Reports on military cantonments and civil stations in the Presidency of Bombay inspected by the Sanitary Commissioner in the years 1875 and 1876
Year: 1875
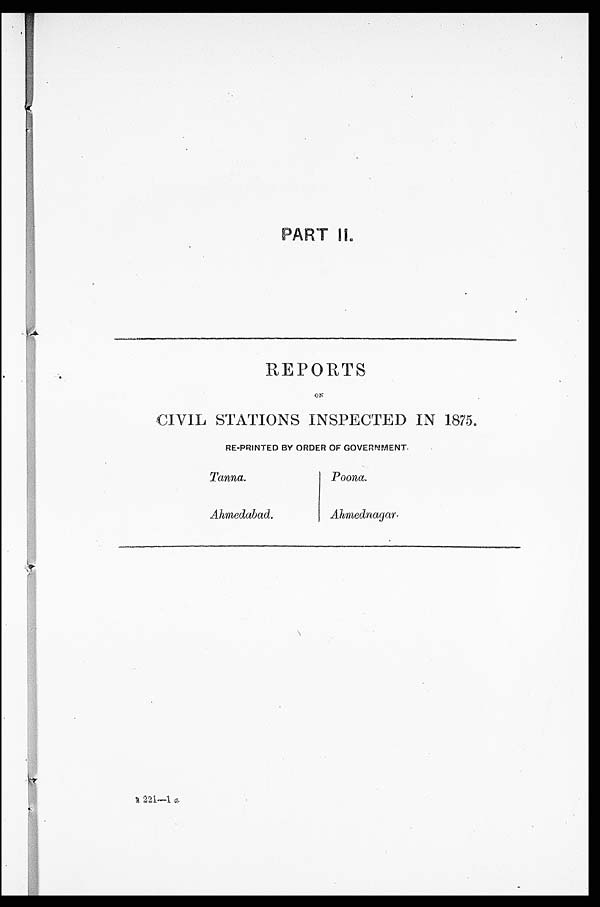
PART II.
REPORTS
ON
CIVIL STATIONS INSPECTED IN 1875.
RE-PRINTED BY ORDER OF GOVERNMENT.
T a n n a .
Poona.
Ahmedabad.
Ahmednagar.
B 221—1